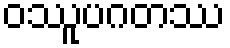
ဝဿူပဂတဿ